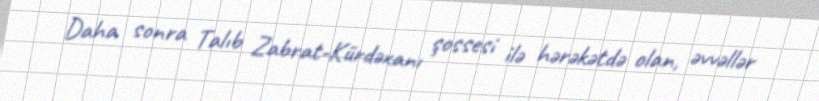
Daha sonra Talıb Zabrat-Kürdəxanı şossesi ilə hərəkətdə olan, əvvəllər